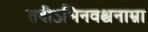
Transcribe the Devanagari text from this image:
तदीऽभिनवश्चनाम्ना